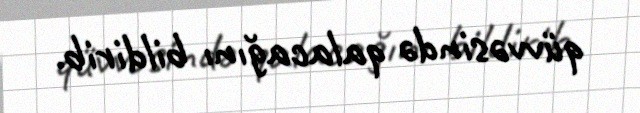
qüvvəsində qalacağını bildirib.